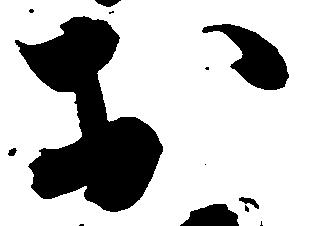
於